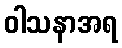
ဝါသနာအရ